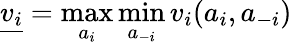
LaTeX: {\underline{{v_{i}}}}=\operatorname*{max}_{a_{i}}\operatorname*{min}_{a_{-i}}{v_{i}(a_{i},a_{-i})}